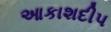
આકાશદીપ